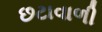
છટાવાળી